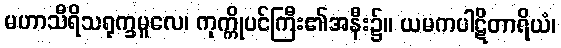
မဟာသီရိသရုက္ခမူလေ၊ ကုက္ကိုပင်ကြီး၏အနီး၌။ ယမကပါဋိတာရိယံ၊